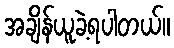
အချိန်ယူခဲ့ရပါတယ်။